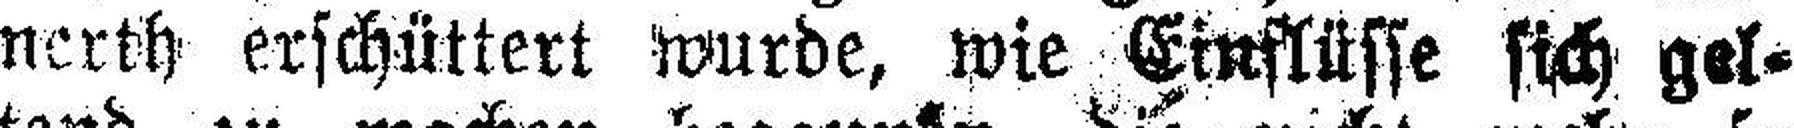
nerth erschüttert wurde, wie Einflüsse sich gel¬